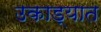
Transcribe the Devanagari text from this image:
उकाड्यात